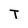
Character: T